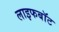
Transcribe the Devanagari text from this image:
लाइफबाॅट